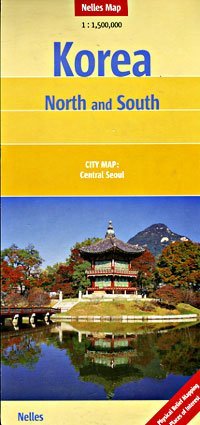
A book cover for Korea North and South 1:1,500,000 Travel Map, 2012 edition NELLES; Nelles Verlag; Travel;